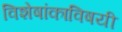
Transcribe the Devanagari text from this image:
विशेषांकाविषयी